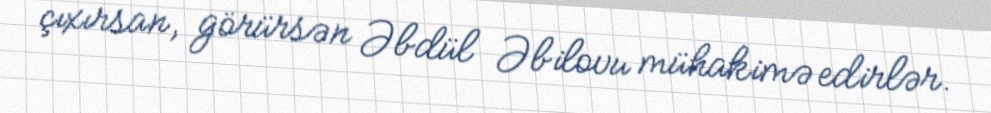
çıxırsan, görürsən Əbdül Əbilovu mühakimə edirlər.